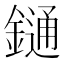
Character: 𨫤